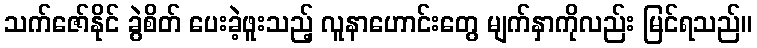
သက်ဇော်နိုင် ခွဲစိတ် ပေးခဲ့ဖူးသည့် လူနာဟောင်းတွေ မျက်နှာကိုလည်း မြင်ရသည်။